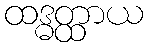
ထဒ္ဓတ္ထာယ